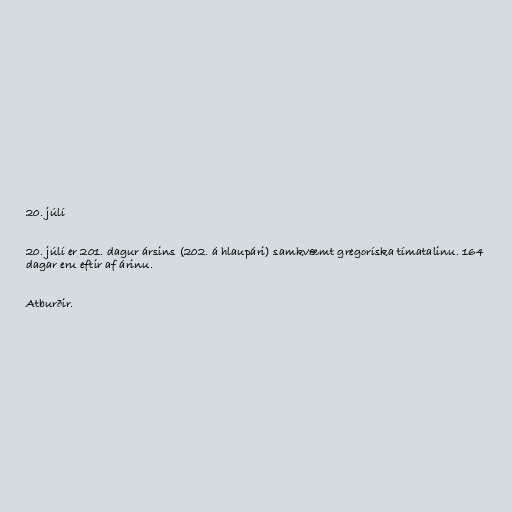
20. júlí

20. júlí er 201. dagur ársins (202. á hlaupári) samkvæmt gregoríska tímatalinu. 164
dagar eru eftir af árinu.

Atburðir.